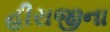
હીરાજીના